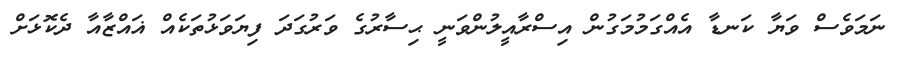
ނަމަވެސް ވަޔާ ކަނޑާ އެއްގަމުމަގުން އިސްރާއީލުންވަނީ ޙިސާރުގެ ވަރުގަދަ ފިޔަވަޅުތަކެއް ޣައްޒާއާ ދެކޮޅަށް